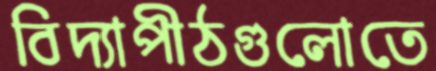
বিদ্যাপীঠগুলোতে